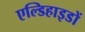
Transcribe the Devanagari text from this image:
एल्डिहाइडों